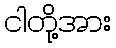
ငါတို့အား